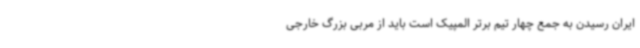
ایران رسیدن به جمع چهار تیم برتر المپیک است باید از مربی بزرگ خارجی